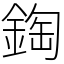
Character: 鋾